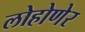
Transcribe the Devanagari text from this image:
लोहोणेर